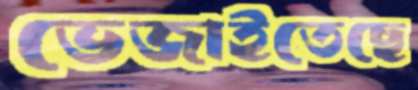
ভেজাইতেছে